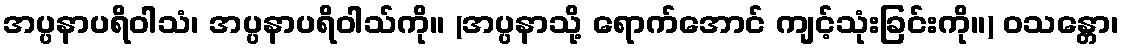
အပ္ပနာပရိဝါသံ၊ အပ္ပနာပရိဝါသ်ကို။ (အပ္ပနာသို့ ရောက်အောင် ကျင့်သုံးခြင်းကို။) ဝသန္တော၊